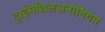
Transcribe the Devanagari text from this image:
ट्राईमेथिलअनोनियम